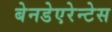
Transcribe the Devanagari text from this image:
बेनडेएरेन्टेस